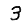
Digit: 3